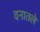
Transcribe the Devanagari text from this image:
वनातले